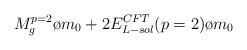
LaTeX: \begin{align*}{{M_g^{p=2}}\o {m_0}} + 2 {{E_{L-sol}^{CFT}(p=2)}\o {m_0}}\end{align*}